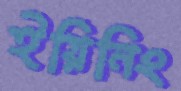
ইয়িনিং